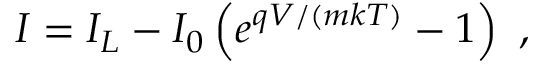
I = I _ { L } - I _ { 0 } \left( e ^ { q V / ( m k T ) } - 1 \right) \ ,